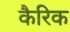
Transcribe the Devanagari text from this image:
कैरिक